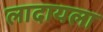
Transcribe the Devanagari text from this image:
लादायला